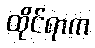
ထိုင်ရာက